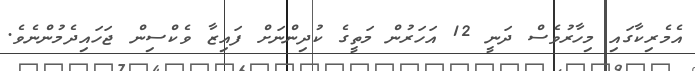
އެމެރިކާގައި މިހާރުވެސް ދަނީ 12 އަހަރުން މަތީގެ ކުދިންނަށް ފައިޒާ ވެކްސިން ޖަހައިދެމުންނެވެ.